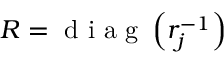
R = \mathrm { ~ d ~ i ~ a ~ g ~ } \left( r _ { j } ^ { - 1 } \right)